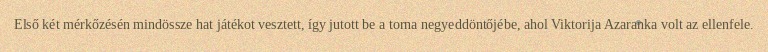
Első két mérkőzésén mindössze hat játékot vesztett, így jutott be a torna negyeddöntőjébe, ahol Viktorija Azaranka volt az ellenfele.